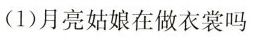
(1)月亮姑娘在做衣裳吗